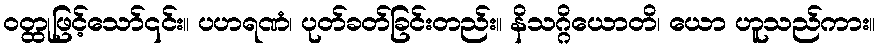
ဝတ္ထုဖြင့်သော်၎င်း။ ပဟရဏံ၊ ပုတ်ခတ်ခြင်းတည်း။ နိသဂ္ဂိယောတိ၊ ယော ဟူသည်ကား။